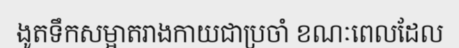
ងូតទឹកសម្អាតរាងកាយជាប្រចាំ ខណៈពេលដែល